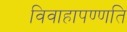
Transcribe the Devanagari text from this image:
विवाहापण्णति